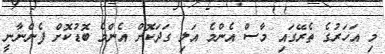
މި އަހަރުގެ ތެރޭގައި މާސް އެންމެ އަލި ގަދަކޮށް އެންމެ ބޮޑުކޮށް ފެންނާނީ